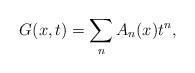
LaTeX: \begin{align*}G(x,t) = \sum_n A_n(x) t^n ,\end{align*}